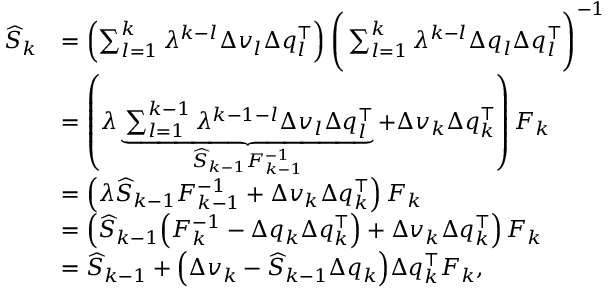
\begin{array} { r l } { \widehat { S } _ { k } } & { = \left( \sum _ { l = 1 } ^ { k } \lambda ^ { k - l } \Delta v _ { l } \Delta q _ { l } ^ { \top } \right) \Bigg ( \sum _ { l = 1 } ^ { k } \lambda ^ { k - l } \Delta q _ { l } \Delta q _ { l } ^ { \top } \Bigg ) ^ { - 1 } } \\ & { = \left( \lambda \underbrace { \sum _ { l = 1 } ^ { k - 1 } \lambda ^ { k - 1 - l } \Delta v _ { l } \Delta q _ { l } ^ { \top } } _ { \widehat { S } _ { k - 1 } F _ { k - 1 } ^ { - 1 } } + \Delta v _ { k } \Delta q _ { k } ^ { \top } \right) F _ { k } } \\ & { = \left( \lambda \widehat { S } _ { k - 1 } F _ { k - 1 } ^ { - 1 } + \Delta v _ { k } \Delta q _ { k } ^ { \top } \right) F _ { k } } \\ & { = \left( \widehat { S } _ { k - 1 } \Big ( F _ { k } ^ { - 1 } - \Delta q _ { k } \Delta q _ { k } ^ { \top } \Big ) + \Delta v _ { k } \Delta q _ { k } ^ { \top } \right) F _ { k } } \\ & { = \widehat { S } _ { k - 1 } + \Big ( \Delta v _ { k } - \widehat { S } _ { k - 1 } \Delta q _ { k } \Big ) \Delta q _ { k } ^ { \top } F _ { k } , } \end{array}